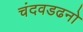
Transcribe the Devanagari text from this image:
चंदवडढनो